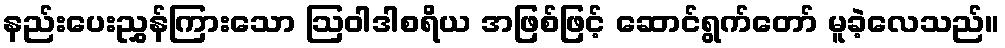
နည်းပေးညွှန်ကြားသော ဩဝါဒါစရိယ အဖြစ်ဖြင့် ဆောင်ရွက်တော် မူခဲ့လေသည်။